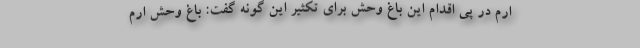
ارم در پی اقدام این باغ‌ وحش برای تکثیر این گونه گفت: باغ وحش ارم